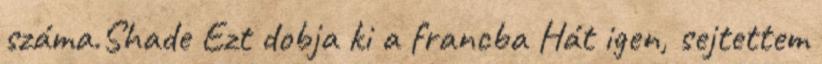
száma.Shade Ezt dobja ki a francba Hát igen, sejtettem